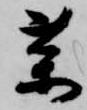
薬